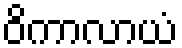
ဝိကာလာယံ